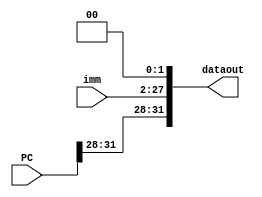
`timescale 1ns / 1ps
//////////////////////////////////////////////////////////////////////////////////
// Company: 
// Engineer: 
// 
// Design Name: 
// Module Name:    J 
// Project Name: 
// Target Devices: 
// Tool versions: 
// Description: 
//
// Dependencies: 
//
// Revision: 
// Revision 0.01 - File Created
// Additional Comments: 
//
//////////////////////////////////////////////////////////////////////////////////
module J(
input [25:0]imm,
input [31:0]PC,
output [31:0]dataout
    );
assign dataout[31:28]=PC[31:28];
assign dataout[27:2]=imm;
assign dataout[1:0]=0;

endmodule